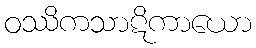
ဝဿိကသာဋိကာယော